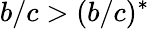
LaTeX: b/c>(b/c)^{*}